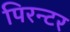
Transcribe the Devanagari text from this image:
पिरन्टर